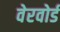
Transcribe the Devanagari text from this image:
वेरवोर्ड